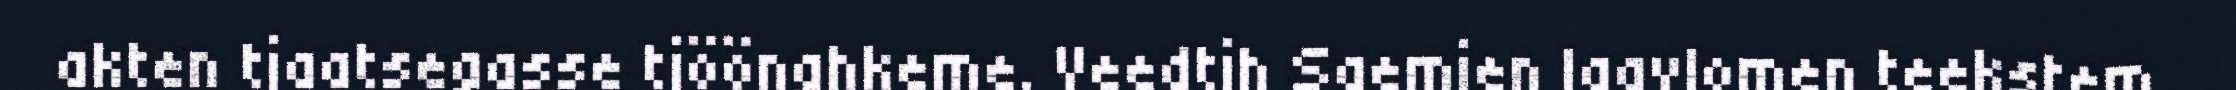
akten tjaatsegasse tjöönghkeme. Veedtjh Saemien laavlomen teekstem